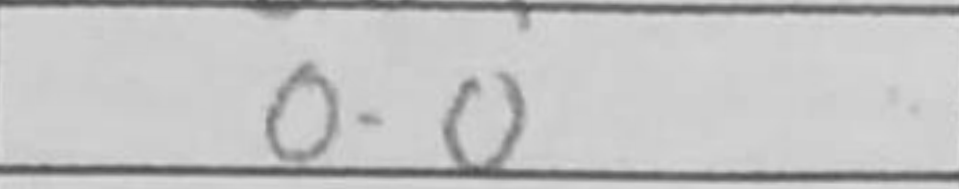
Transcription: O-O